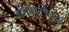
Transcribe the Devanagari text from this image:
कॉम्‍प्‍लेक्‍स